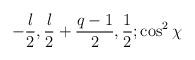
LaTeX: \begin{align*}-{l \over 2}, {l \over 2} + {q-1 \over 2}, {1 \over 2}; \cos^2 \chi\end{align*}